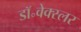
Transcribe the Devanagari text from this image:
डॉ॰वेक्स्लर